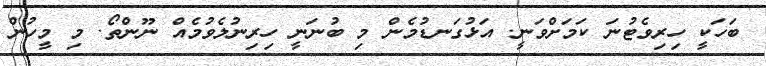
ބަހަކީ ހިރިވެޓުނަ ކަމަށްވަނީ. އަޅުގަނޑުމެން މި ބުނަނީ ހިރިނުލެވުމެއް ނޫންތޯ. މި މީހުން